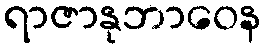
ရာဇာနုဘာဝေန